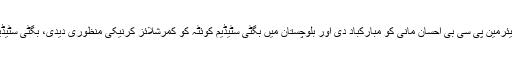
اس موقع پر گورننگ بورڈ اراکین نے ایشیا کپ کی میزبانی ملنے پر چیئرمین پی سی بی احسان مانی کو مبارکباد دی اور بلوچستان میں بگٹی سٹیڈیم کوئٹہ کو کمرشلائز کرنیکی منظوری دیدی، بگٹی سٹیڈیم کو کمرشلائز کرنے کے معاملے کیلئے کمیٹی تشکیل دی جائے گی۔